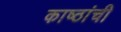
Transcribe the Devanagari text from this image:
काष्ठांची